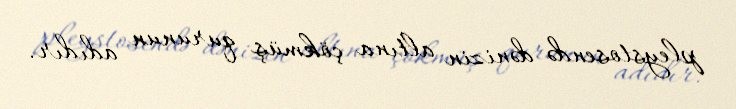
pleystosendə dənizin altına çökmüş qurunun adıdır.